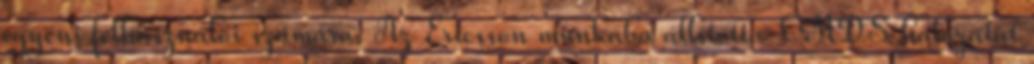
egyéni felhasználói számára. Az Ericsson munkába állította LMDS hálózatát